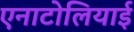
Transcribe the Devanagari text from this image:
एनाटोलियाई